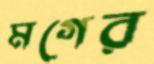
মগের